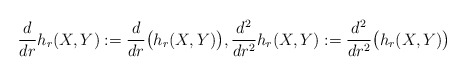
\begin{align*} \frac{d}{dr}h_r(X,Y):=\frac{d}{dr}\big(h_r(X,Y)\big), \frac{d^2}{dr^2}h_r(X,Y):=\frac{d^2}{dr^2}\big(h_r(X,Y)\big) \end{align*}